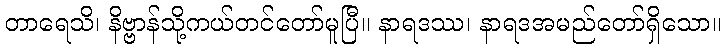
တာရေသိ၊ နိဗ္ဗာန်သို့ကယ်တင်တော်မူပြီ။ နာရဒဿ၊ နာရဒအမည်တော်ရှိသော။